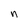
Character: n